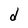
Character: d